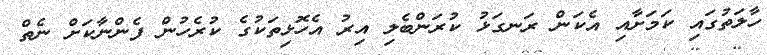
ހާލަތުގައި ކަމަށާއި އެކަން ރަނގަޅު ކުރަންބެލި އިރު އެހޮޅިތަކުގެ ކުރެހުން ފެންނާކަށް ނެތް